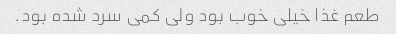
طعم غذا خیلی خوب بود ولی کمی سرد شده بود.